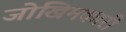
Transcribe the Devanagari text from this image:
जोखिमकारी